Report of an investigation of the epidemic of malarial fever in Assam, or, kala-azar
Disease focus: Malaria
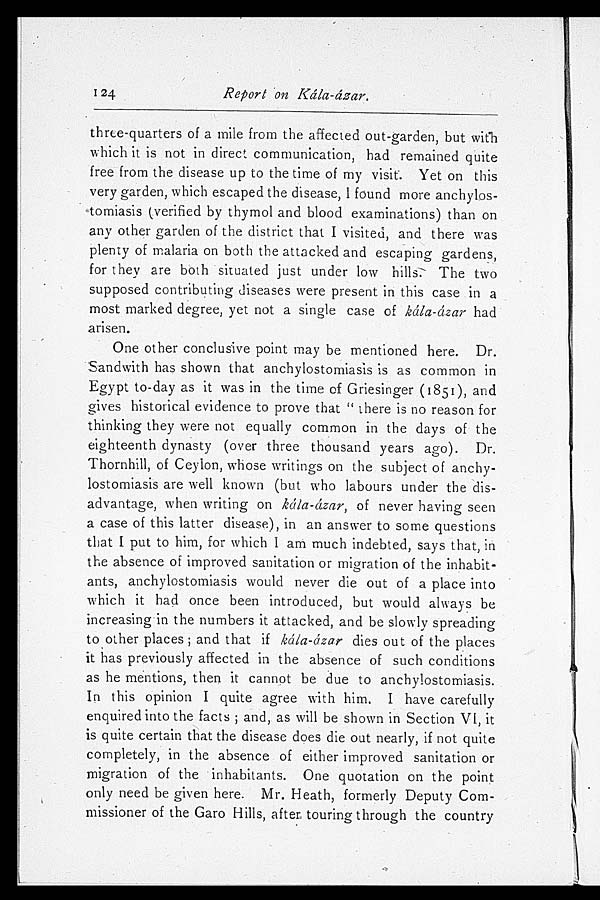
124
Report on Kála-ázar.
three-quarters of a mile from the affected out-garden, but with
which it is not in direct communication, had remained quite
free from the disease up to the time of my visit. Yet on this
very garden, which escaped the disease, I found more anchylos
-tomiasis (verified by thymol and blood examinations) than on
any other garden of the district that I visited, and there was
plenty of malaria on both the attacked and escaping gardens,
for they are both situated just under low hills. The two
supposed contributing diseases were present in this case in a
most marked degree, yet not a single case of kála-ázar had
arisen.
One other conclusive point may be mentioned here. Dr.
Sandwith has shown that anchylostomiasis is as common in
Egypt to-day as it was in the time of Griesinger (1851), and
gives historical evidence to prove that "there is no reason for
thinking they were not equally common in the days of the
eighteenth dynasty (over three thousand years ago). Dr.
Thornhill, of Ceylon, whose writings on the subject of anchy
-lostomiasis are well known (but who labours under the dis
- a d v a n t a g e , w h e n w r i t i n g o nk
á l a - á z a r ,
o f n e v e r h a v i n g s e e n
a case of this latter disease), in an answer to some questions
that I put to him, for which I am much indebted, says that, in
the absence of improved sanitation or migration of the inhabit
- a n t s , a n c h y l o s t o m i a s i s w o u l d n e v e r d i e o u t o f a p l a c e i n t o
which it had once been introduced, but would always be
increasing in the numbers it attacked, and be slowly spreading
to other places; and that if kála-ázar dies out of the places
it has previously affected in the absence of such conditions
as he mentions, then it cannot be due to anchylostomiasis.
In this opinion I quite agree with him. I have carefully
enquired into the facts; and, as will be shown in Section VI, it
is quite certain that the disease does die out nearly, if not quite
completely, in the absence of either improved sanitation or
migration of the inhabitants. One quotation on the point
only need be given here. Mr. Heath, formerly Deputy Com
- m i s s i o n e r o f t h e G a r o H i l l s , a f t e r t o u r i n g t h r o u g h t h e c o u n t r y